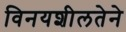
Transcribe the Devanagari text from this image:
विनयशीलतेने